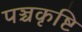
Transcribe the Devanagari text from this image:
पञ्चकृष्टि